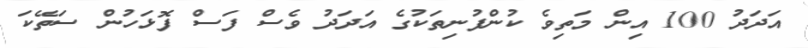
އަދަދު 100 އިން މަތިވެ ކުންފުނިތަކުގެ އަދަދު ވެސް ފަސް ފޮޅަހުން ސަތޭކަ